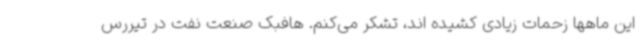
این ماهها زحمات زیادی کشیده اند، تشکر می‌کنم. هافبک صنعت نفت در تیررس